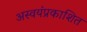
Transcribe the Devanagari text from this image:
अस्वयंप्रकाशित